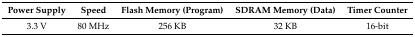
<table><thead><tr><td><b>Power Supply</b></td><td><b>Speed</b></td><td><b>Flash Memory (Program)</b></td><td><b>SDRAM Memory (Data)</b></td><td><b>Timer Counter</b></td></tr></thead><tbody><tr><td>3.3 V</td><td>80 MHz</td><td>256 KB</td><td>32 KB</td><td>16-bit</td></tr></tbody></table>